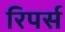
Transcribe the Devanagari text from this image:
रिपर्स